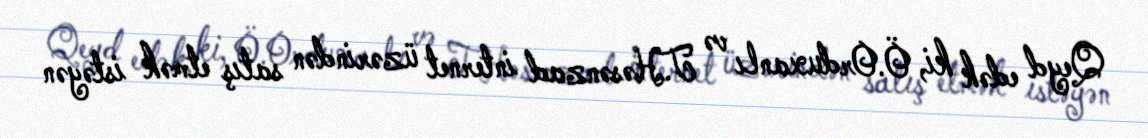
Qeyd edək ki, Ö.Orduxanlı və T.Həsənzad internet üzərindən satış etmək istəyən